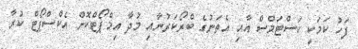
ފަހު ކަމަކީ ކަސްޓަމްސް އާއި އެތަނުގެ ބްރޯކަރުނާއި މުދާ އިމްޕޯޓްކޮށް އެކްސްޕޯޓް ކުރާ